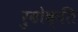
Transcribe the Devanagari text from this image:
रुढोक्ति